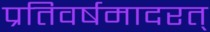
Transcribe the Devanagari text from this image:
प्रतिवर्षमादरत्